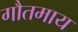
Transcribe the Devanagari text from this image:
गौतमाय